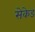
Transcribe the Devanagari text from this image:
सेकेड